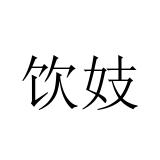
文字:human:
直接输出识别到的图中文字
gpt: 饮妓